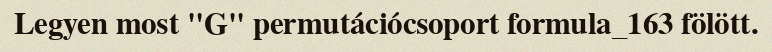
Legyen most "G" permutációcsoport formula_163 fölött.